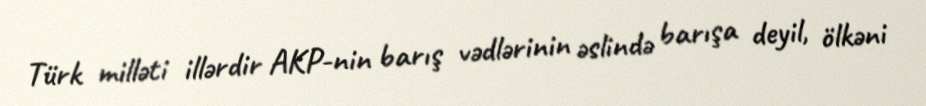
Türk milləti illərdir AKP-nin barış vədlərinin əslində barışa deyil, ölkəni